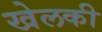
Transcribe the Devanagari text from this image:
खेलकी